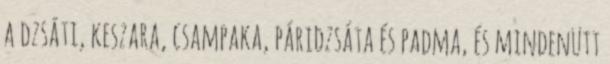
a dzsáti, keszara, csampaka, páridzsáta és padma, és mindenütt